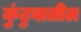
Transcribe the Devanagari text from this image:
कुंटुबातील